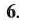
6.